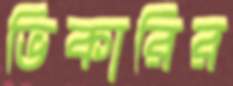
ভিকারির